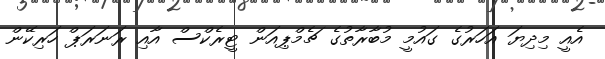
އެއީ މިދިޔަ އަހަރުގެ ގައުމީ މުބާރާތުގެ ޗެމްޕިއަން ޓީރެކްސް އާއި ރަނަރަޕް ހަރިކޭން